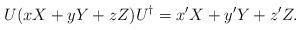
LaTeX: \begin{align*}U(xX+yY+zZ)U^{\dagger}=x'X+y'Y+z'Z .\end{align*}